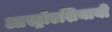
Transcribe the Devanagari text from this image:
आस्ट्रोएशियायी